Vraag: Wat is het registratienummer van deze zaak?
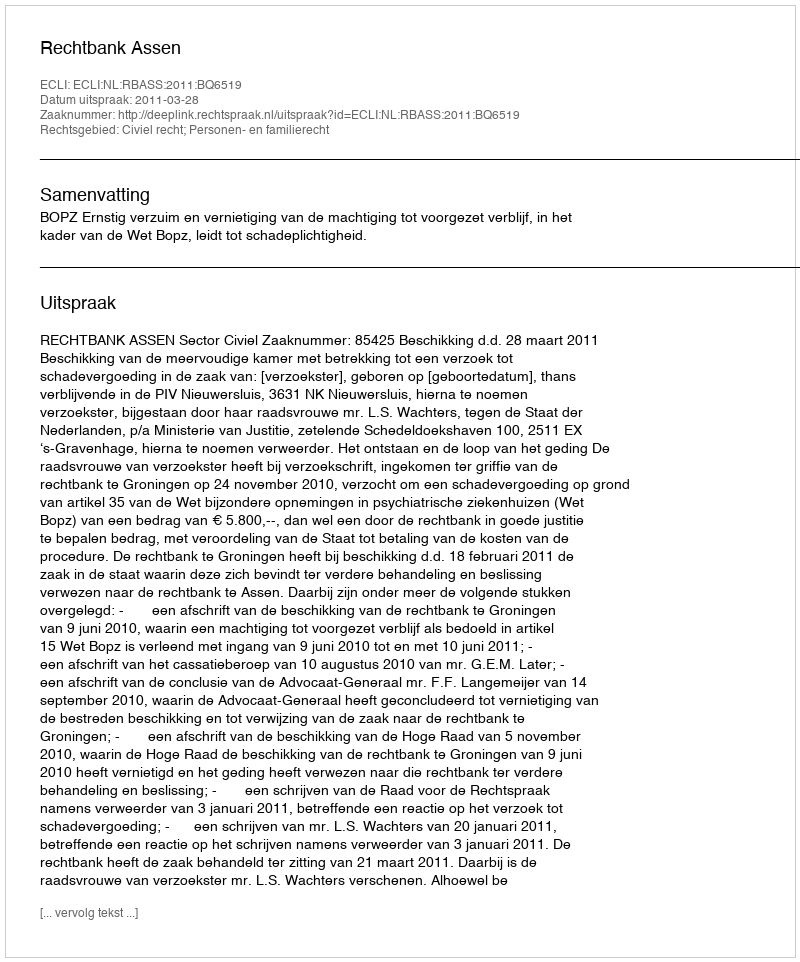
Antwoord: http://deeplink.rechtspraak.nl/uitspraak?id=ECLI:NL:RBASS:2011:BQ6519